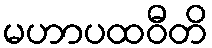
မဟာပထဝီတိ